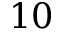
1 0